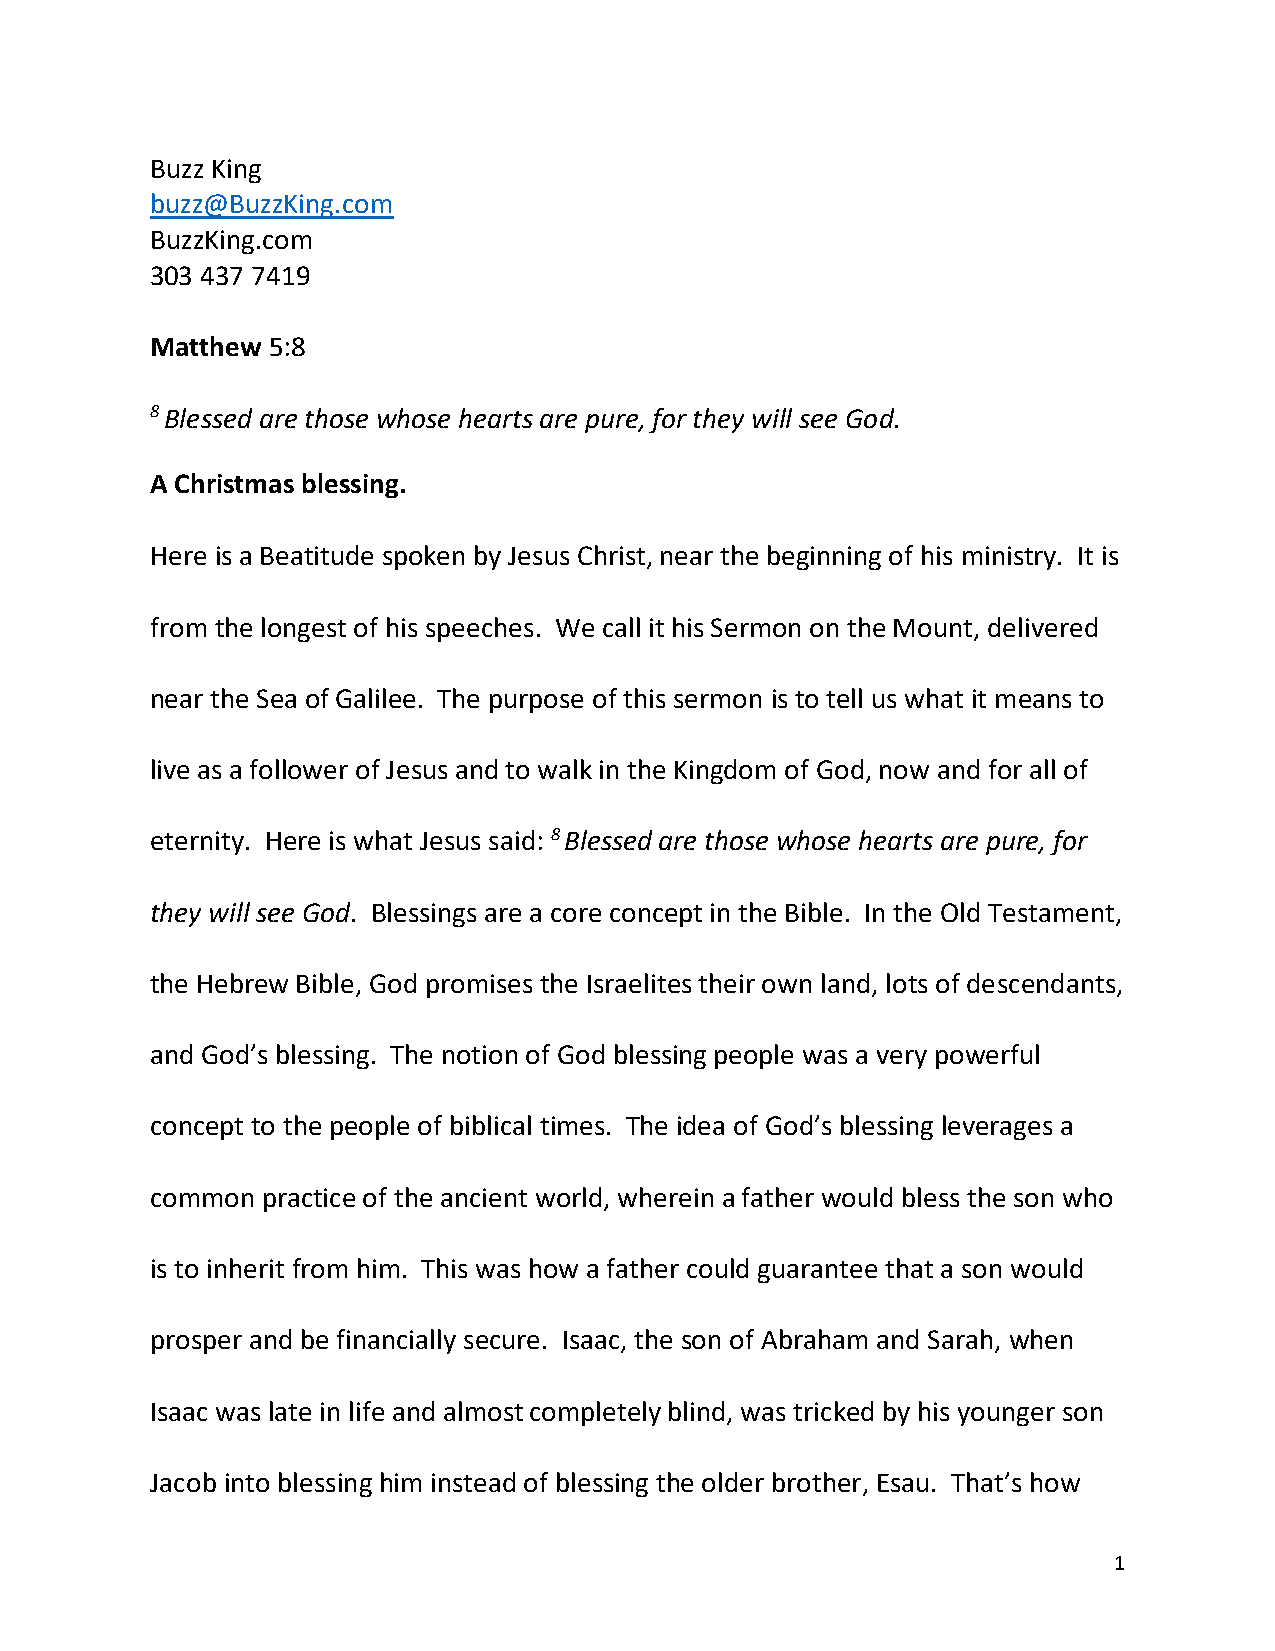
Buzz King
 buzz@BuzzKing.com
 BuzzKing.com
 303 437 7419
 Matthew 5:8
 8 Blessed are those whose hearts are pure, for they will see God.
 A Christmas blessing.
 Here is a Beatitude spoken by Jesus Christ, near the beginning of his ministry. It is
 from the longest of his speeches. We call it his Sermon on the Mount, delivered
 near the Sea of Galilee. The purpose of this sermon is to tell us what it means to
 live as a follower of Jesus and to walk in the Kingdom of God, now and for all of
 eternity. Here is what Jesus said: 8 Blessed are those whose hearts are pure, for
 they will see God. Blessings are a core concept in the Bible. In the Old Testament,
 the Hebrew Bible, God promises the Israelites their own land, lots of descendants,
 and God’s blessing. The notion of God blessing people was a very powerful
 concept to the people of biblical times. The idea of God’s blessing leverages a
 common practice of the ancient world, wherein a father would bless the son who
 is to inherit from him. This was how a father could guarantee that a son would
 prosper and be financially secure. Isaac, the son of Abraham and Sarah, when
 Isaac was late in life and almost completely blind, was tricked by his younger son
 Jacob into blessing him instead of blessing the older brother, Esau. That’s how
 1